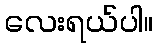
လေးရယ်ပါ။